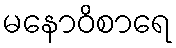
မနောဝိစာရေ